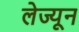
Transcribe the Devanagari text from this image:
लेज्यून